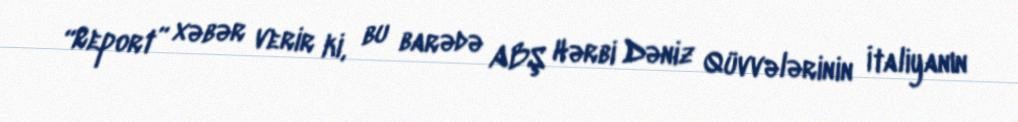
“Report” xəbər verir ki, bu barədə ABŞ Hərbi Dəniz Qüvvələrinin İtaliyanın